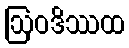
ဩဝဒိဿထ